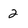
Character: 2